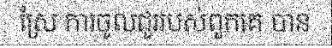
ស្រែ ការចូលជួររបស់ពួកគេ បាន